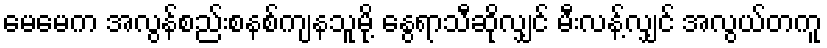
မေမေက အလွန်စည်းစနစ်ကျနသူမို့ နွေရာသီဆိုလျှင် မီးလန့်လျှင် အလွယ်တကူ